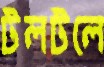
টলটলে